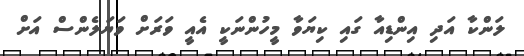
ލަންކާ އަދި އިންޑިއާ ގައި ކިޔަވާ މީހުންނަކީ އެއީ ވަރަށް ވަޔަލެންސް އަށް